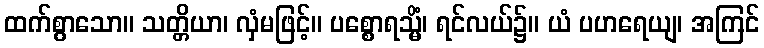
ထက်စွာသော။ သတ္တိယာ၊ လှံမဖြင့်။ ပစ္စောရသ္မိံ၊ ရင်လယ်၌။ ယံ ပဟရေယျ၊ အကြင်